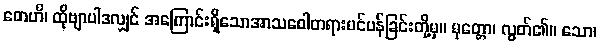
တေဟိ၊ ထိုဗျာပါဒလျှင် အကြောင်းရှိသောအာသဝေါတရားပင်ပန်ခြင်းတို့မှ။ မုတ္တော၊ လွတ်၏။ သော၊